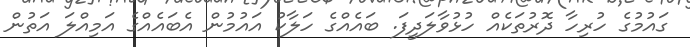
ގައުމުގެ ހުރިހާ ދޮރުތަކެއް ހުޅުވާލަދީފަ. ބައެއްގެ ހަލާކު އައުމުން އެބައެއްގެ އަމިއްލަ އަތުން